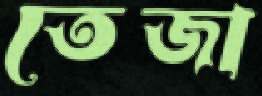
তেজা